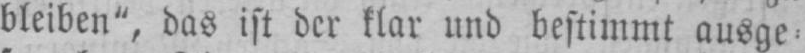
bleiben“, das ist der klar und bestimmt auge⸗